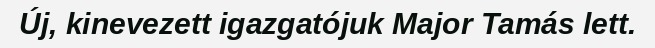
Új, kinevezett igazgatójuk Major Tamás lett.